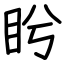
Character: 盻